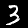
Label: 3